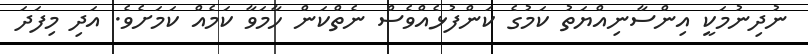
ނުދިނުމަކީ އިންސާނިއްޔަތު ކަމުގެ ކަންފުޅެއްވެސް ނެތްކަން ހާމަވާ ކަމެއް ކަަމަށެވެ. އަދި މިފަދަ